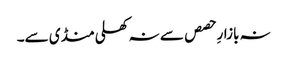
نہ بازارِ حصص سے نہ کھلی منڈی سے۔